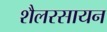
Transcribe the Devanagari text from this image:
शैलरसायन